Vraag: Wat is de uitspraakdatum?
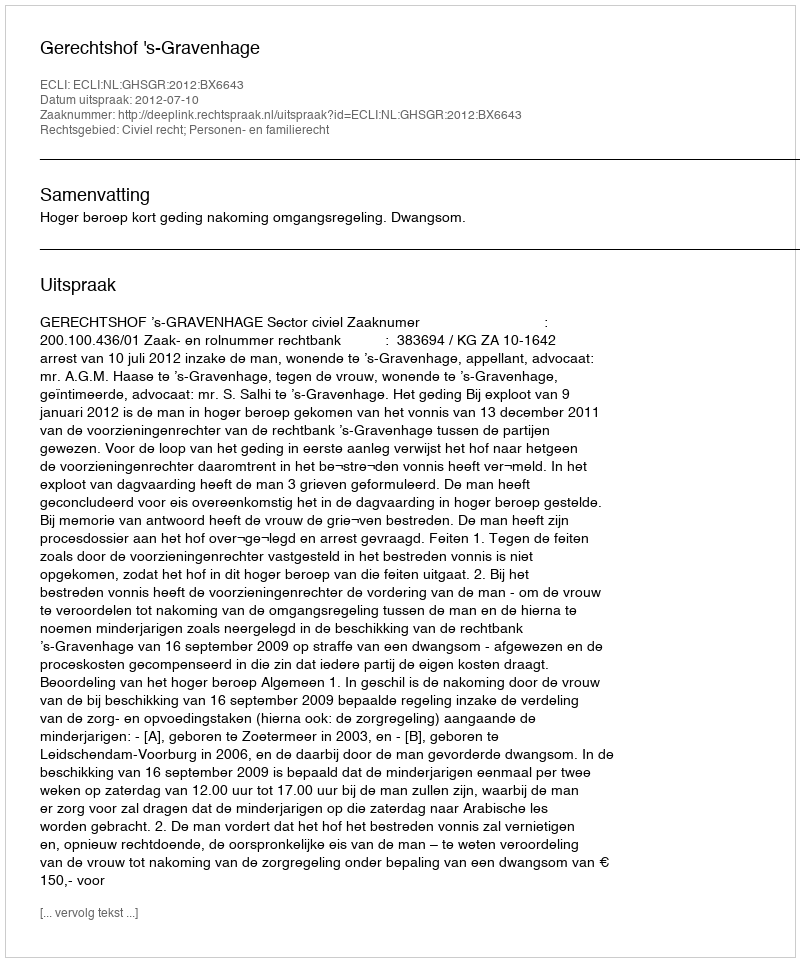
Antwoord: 2012-07-10